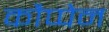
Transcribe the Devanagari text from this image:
कौप्पेन